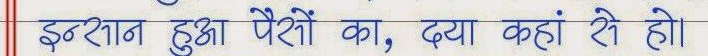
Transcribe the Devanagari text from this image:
इन्साफ हुआ पैरों का, दया कहां से हो।